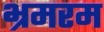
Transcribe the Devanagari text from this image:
भ्रमरम